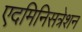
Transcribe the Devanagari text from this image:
एदमिनिसत्रेशन